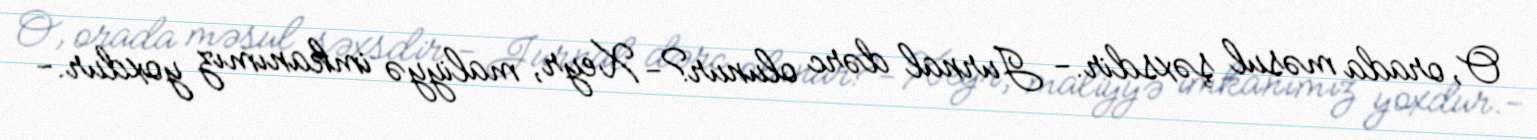
O, orada məsul şəxsdir.- Jurnal dərc olunur?- Xeyr, maliyyə imkanımız yoxdur.-